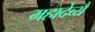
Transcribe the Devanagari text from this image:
महादेव्यै